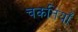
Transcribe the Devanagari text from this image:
चकतियाँ